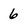
Character: 6